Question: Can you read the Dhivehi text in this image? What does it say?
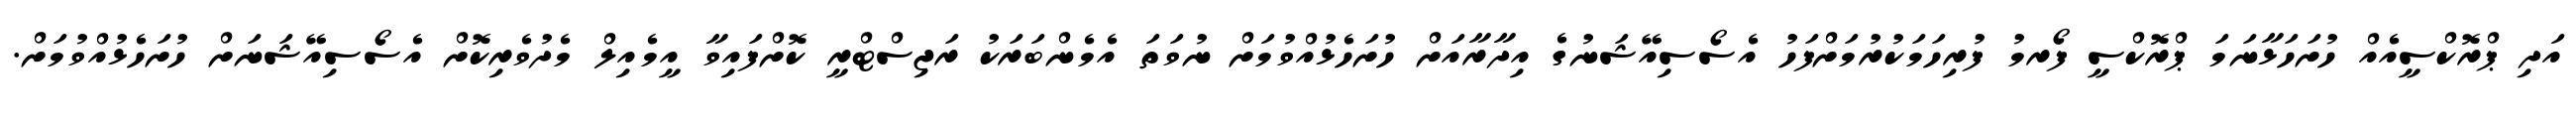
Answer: އަދި ޕްރޮކްސީއެއް ހުށަހަޅާނަމަ ޕްރޮކްސީ ފޯރމު ފުރިހަމަކުރުމަށްފަހު އެސޯސިއޭޝަނުގެ އިދާރާއަށް ހުށަހެޅުއްވުމަށް ނުވަތަ އެމެންބަރަކު ރަޖިސްޓްރީ ކޮށްފައިވާ އީމެއިލް މެދުވެރިކޮށް އެސޯސިއޭޝަނަށް ހުށަހެޅުއްވުމަށް.